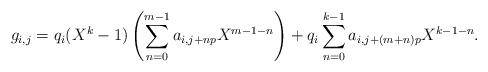
LaTeX: \begin{align*}g_{i,j}=q_i(X^k-1)\left(\sum_{n=0}^{m-1} a_{i,j+np}X^{m-1-n}\right) + q_i\sum_{n=0}^{k-1} a_{i,j+(m+n)p}X^{k-1-n}.\end{align*}